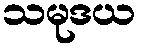
သမုဒယ